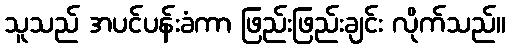
သူသည် အပင်ပန်းခံကာ ဖြည်းဖြည်းချင်း လိုက်သည်။